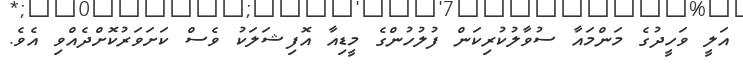
އަލީ ވަހީދުގެ މަންމައާ ސުވާލުކުރިކަން ފުލުހުންގެ މީޑިއާ އޮފިޝަލަކު ވެސް ކަށަވަރުކޮށްދެއްވި އެވެ.